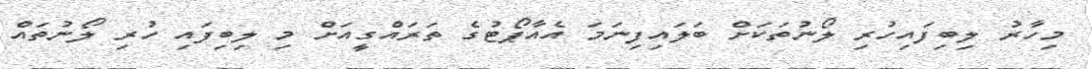
މިހާރު ލިބިފައިހުރި ލޯނުތަކަށް ބަލައިފިނަމަ އެއާޕޯޓުގެ ތަރައްގީއަށް މި ލިބިފައި ހުރި ލޯނުތައް